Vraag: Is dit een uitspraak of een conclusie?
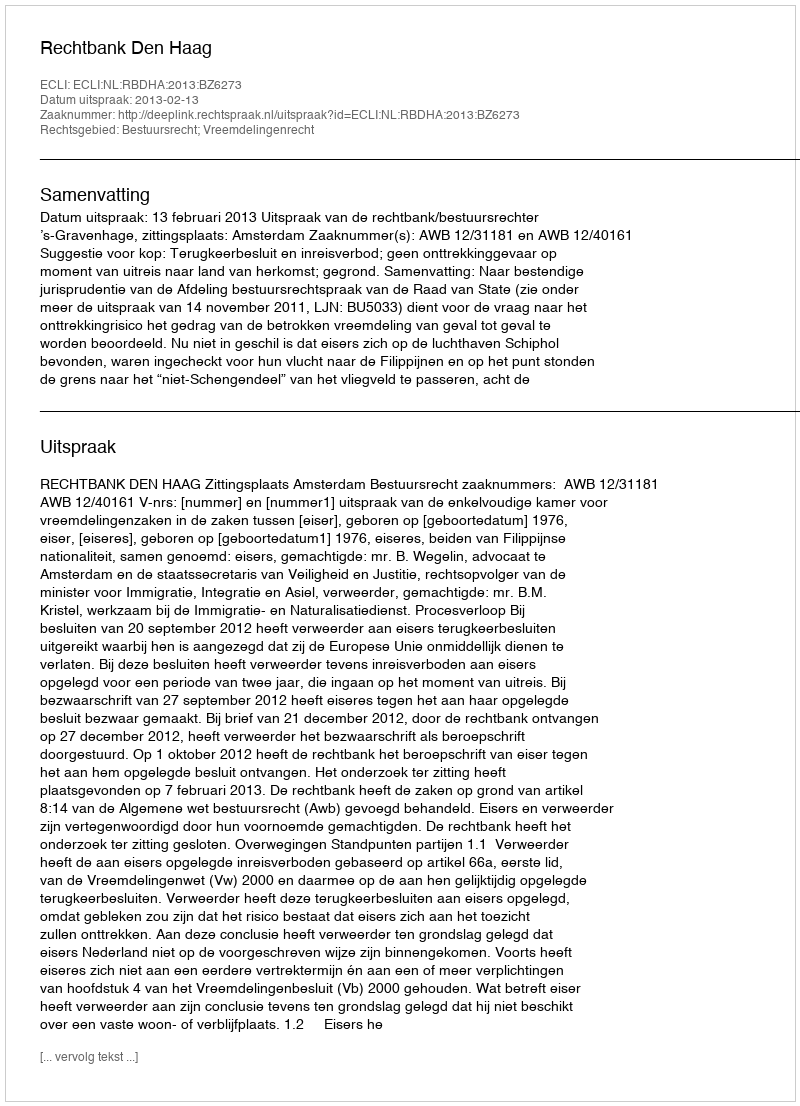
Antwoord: Uitspraak